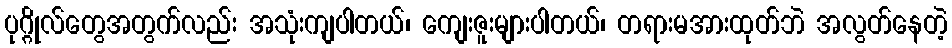
ပုဂ္ဂိုလ်တွေအတွက်လည်း အသုံးကျပါတယ်၊ ကျေးဇူးများပါတယ်၊ တရားမအားထုတ်ဘဲ အလွတ်နေတဲ့